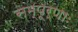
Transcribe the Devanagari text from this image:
सम्पूर्णाः